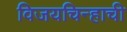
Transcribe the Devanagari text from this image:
विजयचिन्हाची